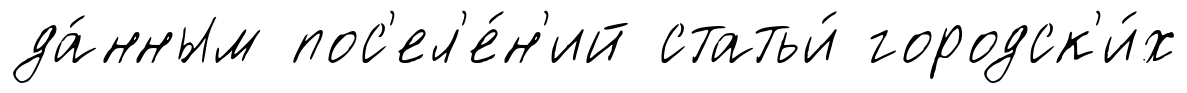
да́нным пос'ел'е́н'ий статьи́ городск'и́х